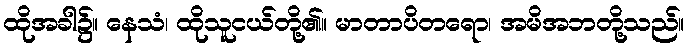
ထိုအခါ၌။ နေသံ၊ ထိုသူငယ်တို့၏။ မာတာပိတရော၊ အမိအဘတို့သည်။